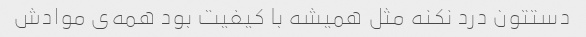
دستتون درد نکنه مثل همیشه با کیفیت بود همه‌ی موادش